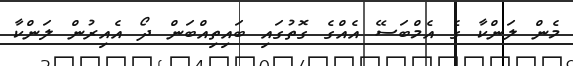
މެން ލަންކާ ގެ އެމްބަސޭ އެއްގެ ގޮތުގައި ބައިތިއްބަން ދޯ އެއިރުން ލަންކާ